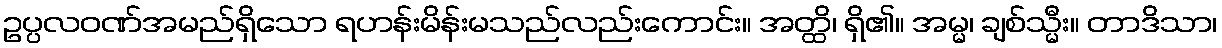
ဥပ္ပလဝဏ်အမည်ရှိသော ရဟန်းမိန်းမသည်လည်းကောင်း။ အတ္ထိ၊ ရှိ၏။ အမ္မ၊ ချစ်သ္မီး။ တာဒိသာ၊